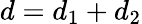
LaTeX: d={d_{1}+d_{2}}